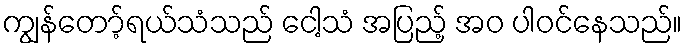
ကျွန်တော့်ရယ်သံသည် ငေါ့သံ အပြည့် အဝ ပါဝင်နေသည်။